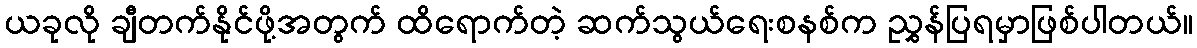
ယခုလို ချီတက်နိုင်ဖို့အတွက် ထိရောက်တဲ့ ဆက်သွယ်ရေးစနစ်က ညွှန်ပြရမှာဖြစ်ပါတယ်။